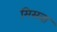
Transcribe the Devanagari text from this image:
मिसवा